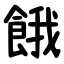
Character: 餓